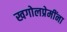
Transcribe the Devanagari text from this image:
खगोलप्रेमींना